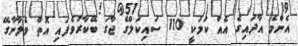
އެންމެ އާދައިގެ އެއް ކަމަކީ 110 ސައިކަލްގެ ޖާގަ ބޭކާރުވެފައި އޮތް ވެލާނާގޭ